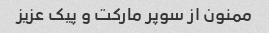
ممنون از سوپر مارکت و پیک عزیز